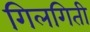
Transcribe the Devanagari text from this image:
गिलगिती